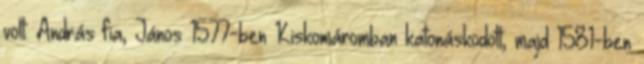
volt. András fia, János 1577-ben Kiskomáromban katonáskodott, majd 1581-ben